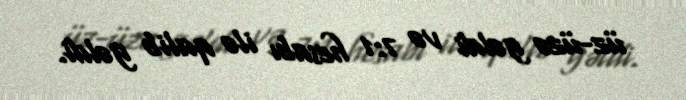
üz-üzə gəldi və 7:1 hesabı ilə qalib gəldi.